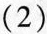
(2)